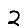
Digit: 2